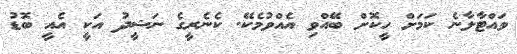
ވައްޓާލާނެ ކަމަށް ހީކޮށް ބޭއްވި އެއްވުމެކޭ. ކެނެރީގެ ނަޝީދު އަކީ އެއީ ބޮޑު